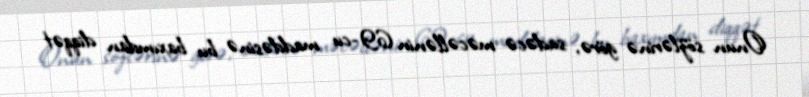
Onun sözlərinə görə, sadəcə məcəllənin 69-cu maddəsinə bu baxımdan diqqət